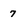
Character: 7